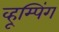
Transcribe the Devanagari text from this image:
व्हूम्पिंग